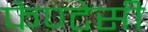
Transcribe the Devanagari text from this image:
फैण्टेसी